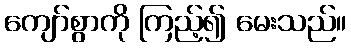
ကျော်စွာကို ကြည့်၍ မေးသည်။